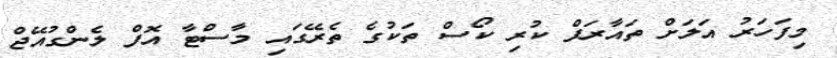
މިފަހަރު އަލަށް ތައާރަފް ކުރި ކޯސް ތަކުގެ ތެރޭގައި މާސްޓާ އޮފް ލެންގުއޭޖް